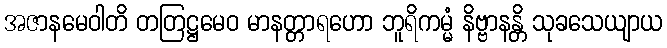
အဇာနမေဝါတိ တတြဋ္ဌမေဝ မာနတ္တာရဟော ဘူရိကမ္မံ နိဗ္ဗာနန္တိ သုခသေယျာယ